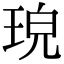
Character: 𤥰